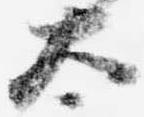
太